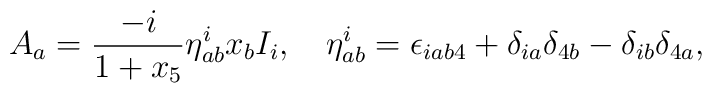
A_a = \frac{-i}{1 + x_5} \eta_{a b}^i x_b I_i, \quad \eta_{ab}^i = \epsilon_{i a b 4} + \delta_{i a}\delta_{4 b} - \delta_{ib}\delta_{4 a},